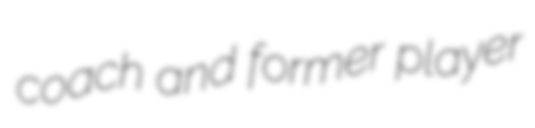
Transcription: coach and former player